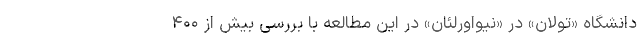
دانشگاه «تولان» در «نیواورلئان» در این مطالعه با بررسی بیش از ۴۰۰